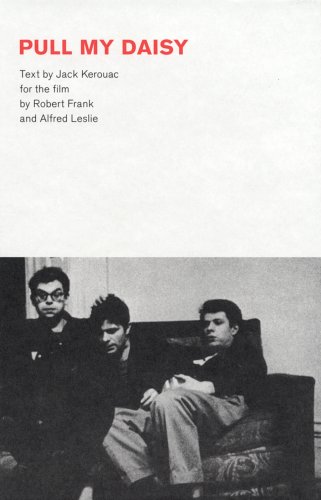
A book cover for Robert Frank: Pull My Daisy; Jack Kerouac; Arts & Photography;